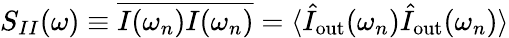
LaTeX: S_{II}(\omega)\equiv\overline{{I(\omega_{n})I(\omega_{n})}}=\langle\hat{I}_{\mathrm{out}}(\omega_{n})\hat{I}_{\mathrm{out}}(\omega_{n})\rangle